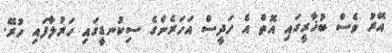
އޭރު ވެސް ބުޚާރީގައި އޮތް އެ ހަދީސް އަހަރެންގެ ސިކުނޑީގައި ހަރުލާފައި ހުރޭ.